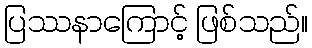
ပြဿနာကြောင့် ဖြစ်သည်။